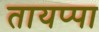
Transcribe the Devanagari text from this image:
तायप्पा